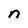
Character: n